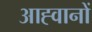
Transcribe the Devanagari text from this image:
आह्वानों